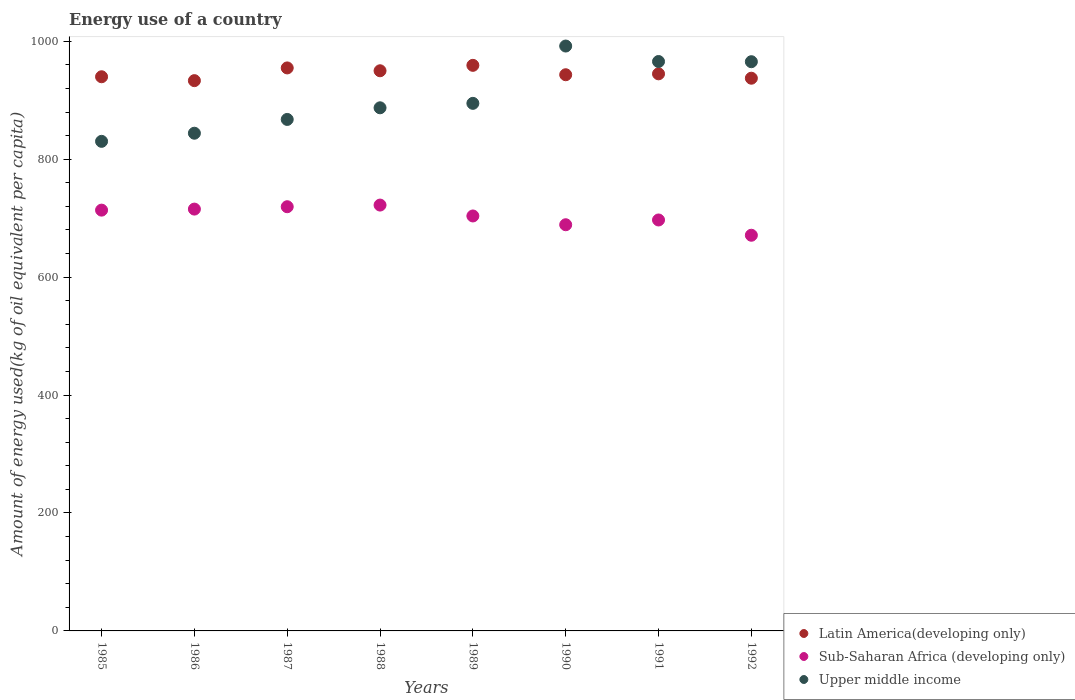
| Years | Latin America(developing only) | Sub-Saharan Africa (developing only) | Upper middle income |
 | --- | --- | --- | --- |
 | 1985 | 940 | 714 | 830 |
 | 1986 | 933 | 715 | 844 |
 | 1987 | 955 | 719 | 867 |
 | 1988 | 950 | 722 | 887 |
 | 1989 | 959 | 704 | 895 |
 | 1990 | 943 | 689 | 992 |
 | 1991 | 945 | 697 | 966 |
 | 1992 | 937 | 671 | 965 |